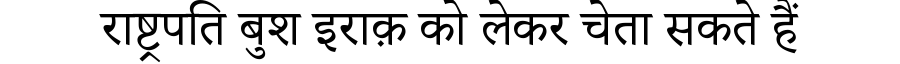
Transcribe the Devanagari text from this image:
राष्ट्रपति बुश इराक़ को लेकर चेता सकते हैं